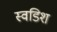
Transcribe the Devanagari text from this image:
स्वडिश